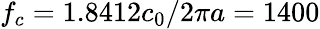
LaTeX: f_{c}=1.8412c_{0}/2\pi a=1400